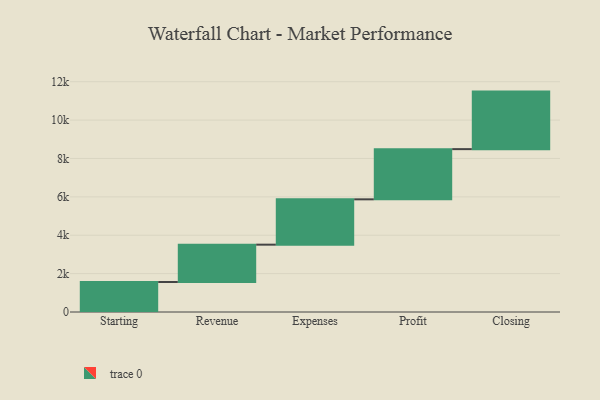
{"axis": {"x": "Step", "y": "Value"}, "legend": [""], "data": [{"x": "Starting", "y": 1562.0, "type": ""}, {"x": "Revenue", "y": 1947.0, "type": ""}, {"x": "Expenses", "y": 2362.0, "type": ""}, {"x": "Profit", "y": 2616.0, "type": ""}, {"x": "Closing", "y": 2998.0, "type": ""}]}